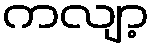
ကလျာ့